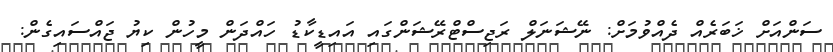
ސަންއަށް ޚަބަރެއް ދެއްވުމަށް: ނޭޝަނަލް ރަޖިސްޓްރޭޝަންގައި އައިޑީކާޑު ހައްދަން މީހުން ކިޔު ޖައްސައިގެން: